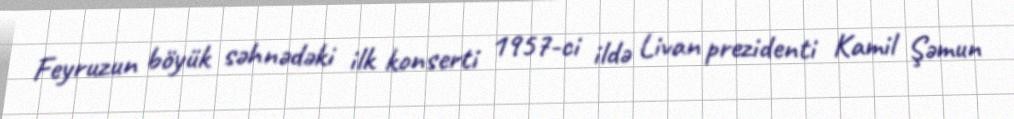
Feyruzun böyük səhnədəki ilk konserti 1957-ci ildə Livan prezidenti Kamil Şəmun